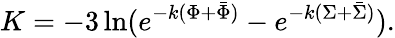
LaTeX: K=-3\ln(e^{-k(\Phi+\bar{\Phi})}-e^{-k(\Sigma+\bar{\Sigma})}).